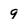
Character: g